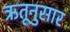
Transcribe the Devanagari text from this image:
ऋतूनुसार